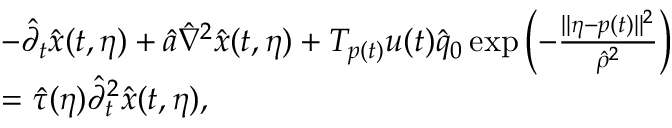
\begin{array} { r l } & { - \hat { \partial } _ { t } \hat { x } ( t , \eta ) + \hat { a } \hat { \nabla } ^ { 2 } \hat { x } ( t , \eta ) + T _ { p ( t ) } u ( t ) \hat { q } _ { 0 } \exp \left( - \frac { \Vert \eta - p ( t ) \Vert ^ { 2 } } { \hat { \rho } ^ { 2 } } \right) } \\ & { = \hat { \tau } ( \eta ) \hat { \partial } _ { t } ^ { 2 } \hat { x } ( t , \eta ) , } \end{array}